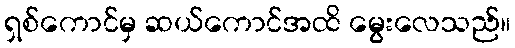
ရှစ်ကောင်မှ ဆယ်ကောင်အထိ မွေးလေသည်။